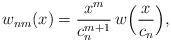
LaTeX: \begin{align*}w_{nm}(x) = \frac{x^m}{c_n^{m+1}} \, w\Big( \frac{x}{c_n} \Big),\end{align*}